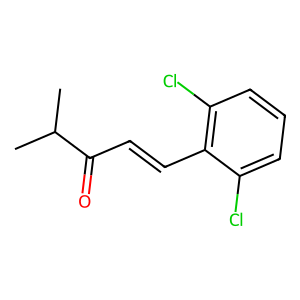
SMILES: CC(C)C(=O)C=Cc1c(Cl)cccc1Cl
Inhibits HIV replication: No